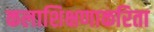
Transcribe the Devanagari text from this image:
कलाशिक्षणाकरिता